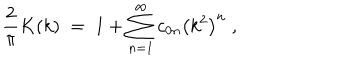
{ \frac { 2 } { \pi } } K ( k ) \; = \; 1 + \sum _ { n = 1 } ^ { \infty } c _ { 0 n } \left( k ^ { 2 } \right) ^ { n } \; ,